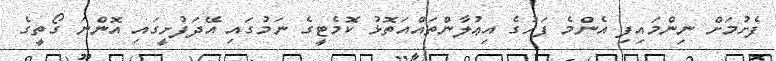
ފެށުމަށް ނިންމައިފި އެންމެ ފަހުގެ އިޢުލާންތައްއަތޮޅު ކޮމެޓީގެ ނަމުގައި އޭދަފުށީގައި އޮންނަ ގޯތީގެ